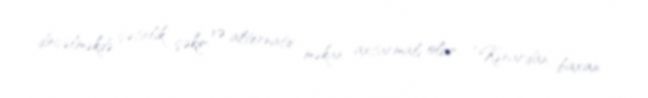
dincəlməkdə çətinlik çəkir və alternativ məkan axtarmalı olur: “Kənardan baxan